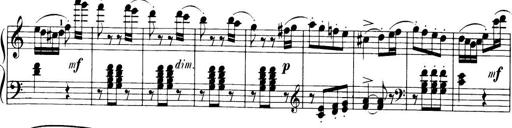
Title: 32 Sonatinas and Rondos for the Piano
Composer: Richard Kleinmichel